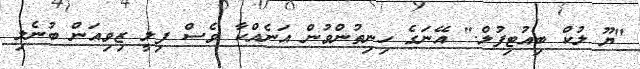
"ޔޫ ލުކް ބިއުޓިފުލް." އޭނަގެ ހިނިތުންވުން އަނެއްކާ ވެސް ފިލީ ޒިވިއަން ބުނެލި